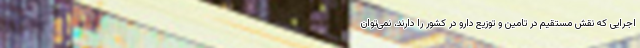
اجرایی که نقش مستقیم در تامین و توزیع دارو در کشور را دارند، نمی‌توان